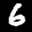
Label: 6